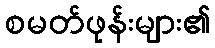
စမတ်ဖုန်းများ၏